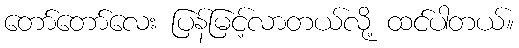
တော်တော်လေး ပြန်မြင့်လာတယ်လို့ ထင်ပါတယ်။